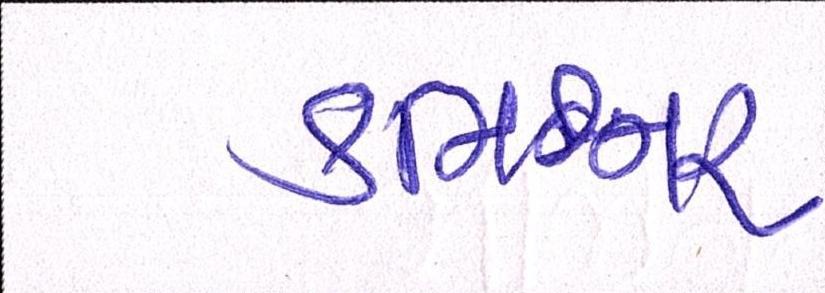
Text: કમિશ્નર